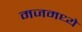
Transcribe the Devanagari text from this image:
मजमध्ये